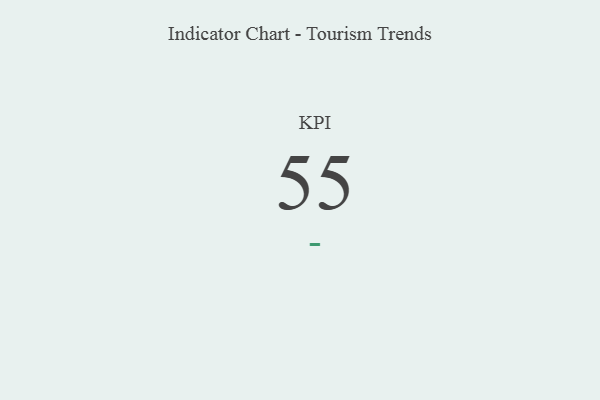
{"axis": {"x": "KPI", "y": "Value"}, "legend": [""], "data": [{"x": "KPI", "y": 55, "type": ""}]}